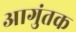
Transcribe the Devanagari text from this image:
आगुंतक